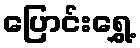
ပြောင်းရွှေ့